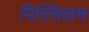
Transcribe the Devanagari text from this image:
पिस्तिलम